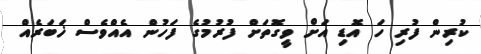
ކުރިން ފުރި ހަ އޮޑި އަށް ވީގޮތަށް ފުރުމުގެ ފަހުން އެއްވެސް ޚަބަރެއް